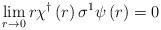
LaTeX: \begin{align*}\lim_{r\rightarrow 0}r\chi ^{\dagger }\left( r\right) \sigma ^{1}\psi \left(r\right) =0 \end{align*}